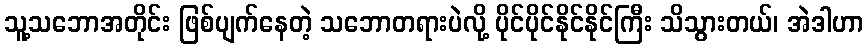
သူ့သဘောအတိုင်း ဖြစ်ပျက်နေတဲ့ သဘောတရားပဲလို့ ပိုင်ပိုင်နိုင်နိုင်ကြီး သိသွားတယ်၊ အဲဒါဟာ